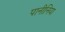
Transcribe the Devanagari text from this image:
पानीनिया